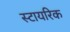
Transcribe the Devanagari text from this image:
स्टायरिक